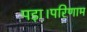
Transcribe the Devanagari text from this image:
पड़ा।परिणाम